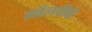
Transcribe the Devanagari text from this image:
मौलवीची